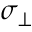
\sigma _ { \perp }